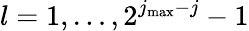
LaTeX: l=1,\dots,2^{j_{\mathrm{max}}-j}-1